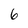
Character: 6